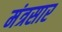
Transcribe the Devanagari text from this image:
मंत्रसार